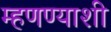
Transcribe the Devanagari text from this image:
म्हणण्याशी